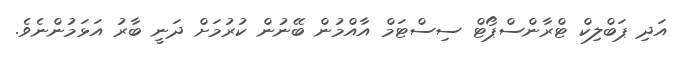
އަދި ޕަބްލިކް ޓްރާންސްޕޯޓް ސިސްޓަމް އާއްމުން ބޭނުން ކުރުމަށް ދަނީ ބާރު އަޅަމުންނެވެ.